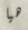
هيا